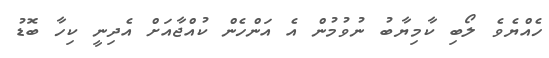
ހެއްޔެވެ ލޯބި ކާމިޔާބު ނުވުމުން އެ އަންހެން ކުއްޖާއަށް އެދިނީ ކިހާ ބޮޑު